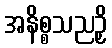
အနိစ္စသညဉှိ